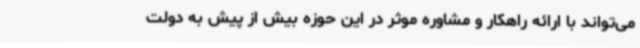
می‌تواند با ارائه راهکار و مشاوره موثر در این حوزه بیش از پیش به دولت